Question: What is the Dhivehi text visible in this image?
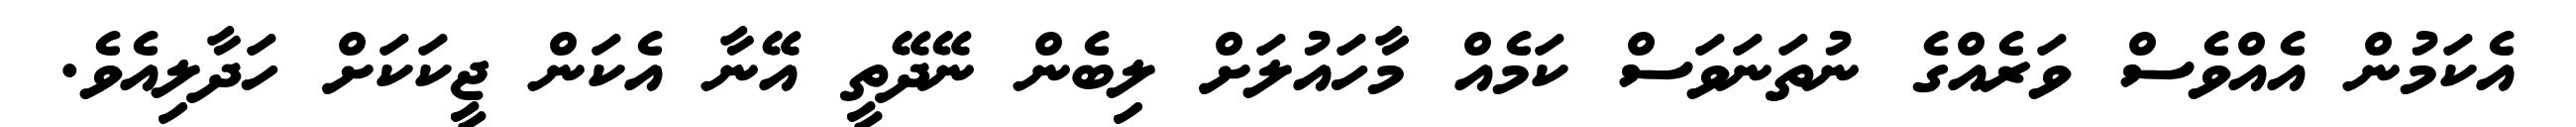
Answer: އެކަމުން އެއްވެސް ވަރެއްގެ ނުތަނަވަސް ކަމެއް މާހައުލަށް ލިބެން ނޭދޭތީ އޭނާ އެކަން ޖީކަކަށް ހަދާލިއެވެ.